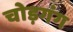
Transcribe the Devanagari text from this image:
चोड़गंग